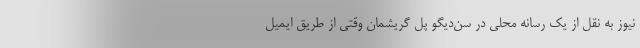
نیوز به نقل از یک رسانه محلی در سن‌دیگو پل گریشمان وقتی از طریق ایمیل